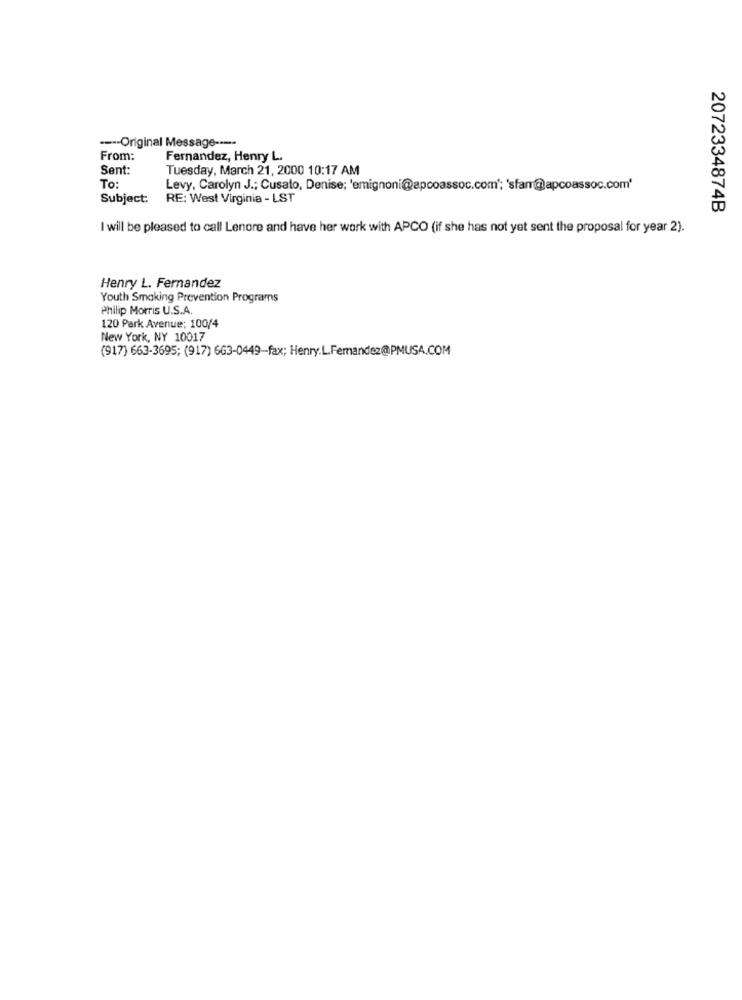
---- Original Message ----
From:
Fernandez, Henry L.
Sent:
Tuesday, March 21, 2000 10:17 AM
To:
Levy, Carolyn J .; Cusato, Denise; 'emignoni@apcoassoc.com'; 'sfan@apcoassoc.com'
Subject:
RE: West Virginia - LST
2072334874B
I will be pleased to call Lenore and have her work with APCO (if she has not yet sent the proposal for year 2).
Henry L. Fernandez
Youth Smoking Prevention Programs
Philip Morris U.S.A
120 Park Avenue: 100/4
New York, NY 10017
(917) 663-3695; (917) 663-0449 -- fax; Henry. L.Fernandez@PMUSA.COM